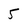
Character: 5